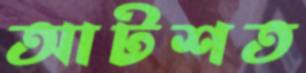
আটশত